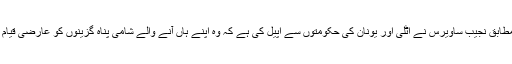
العربیہ ڈاٹ نیٹ کے مطابق نجیب ساویرس نے اٹلی اور یونان کی حکومتوں سے اپیل کی ہے کہ وہ اپنے ہاں آنے والے شامی پناہ گزینوں کو عارضی قیام کی سہولت مہیا کریں۔